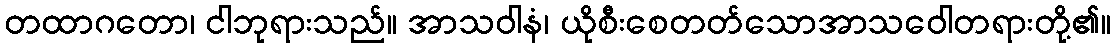
တထာဂတော၊ ငါဘုရားသည်။ အာသဝါနံ၊ ယိုစီးစေတတ်သောအာသဝေါတရားတို့၏။